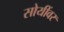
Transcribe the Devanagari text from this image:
सोयींवर